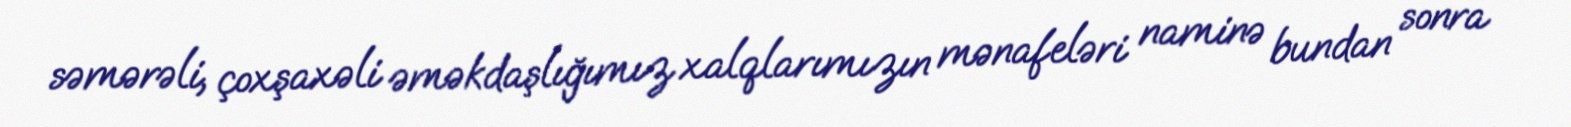
səmərəli, çoxşaxəli əməkdaşlığımız xalqlarımızın mənafeləri naminə bundan sonra